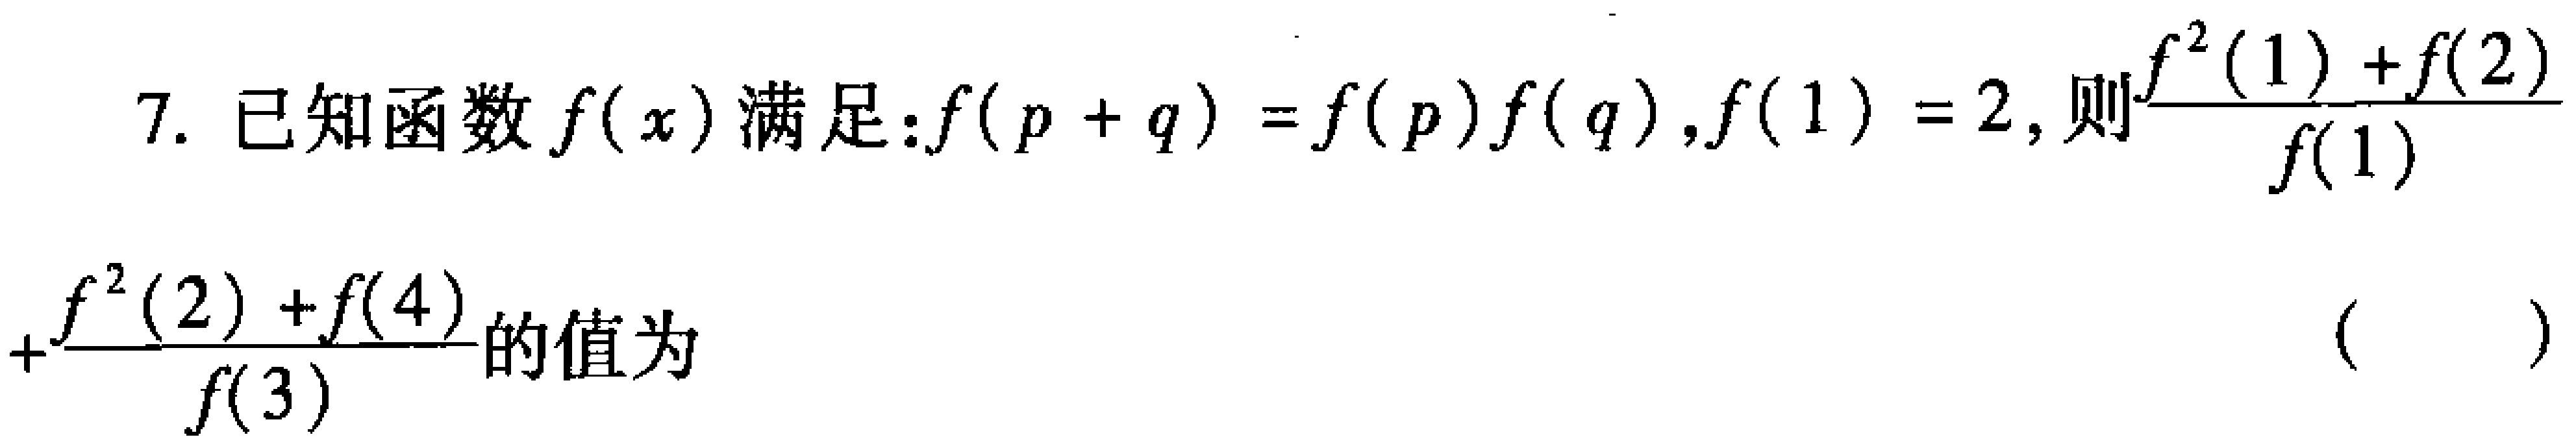
7. 已知函数\(f(x)\)满足：\(f(p + q)=f(p)f(q)\)，\(f(1)=2\)，则\(\frac{f^{2}(1)+f(2)}{f(1)}+\frac{f^{2}(2)+f(4)}{f(3)}\)的值为 （  ）